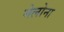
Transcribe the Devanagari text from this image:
मेलोना